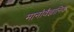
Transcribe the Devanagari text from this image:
मानोवैज्ञानिक